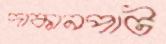
দাকানপাট